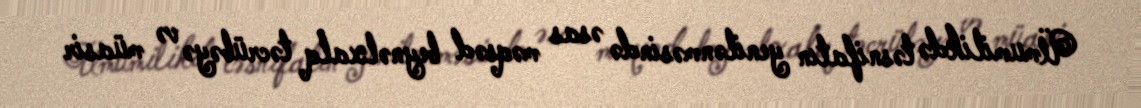
Ümumilikdə təsnifatın yenilənməsində əsas məqsəd beynəlxalq təcrübəyə və müasir